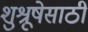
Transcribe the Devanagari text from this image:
शुश्रूषेसाठी